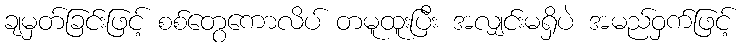
ချမှတ်ခြင်းဖြင့် စစ်တွေကောလိပ် တမူထူးပြီး အလျှင်းမရှိပဲ အမည်ဝှက်ဖြင့်